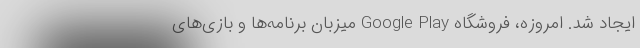
ایجاد شد. امروزه، فروشگاه Google Play میزبان برنامه‌ها و بازی‌های